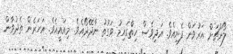
ލޯންޗަށް އަރުވަން ފެށިއެވެ. އަދިވެސް ހިތްގައިމު ވަގުތު ނާދޭދޯއެވެ. މިއައީއެވެ. އަހަރެން ތެދުވާން